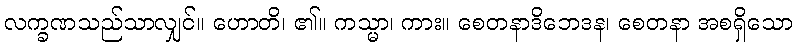
လက္ခဏသည်သာလျှင်။ ဟောတိ၊ ၏။ ကသ္မာ၊ ကား။ စေတနာဒိဘေဒန၊ စေတနာ အစရှိသော